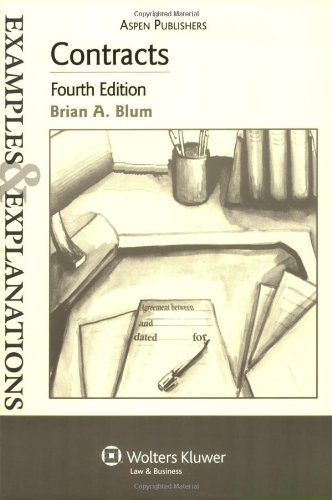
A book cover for Contracts Examples & Explanations; Brian A. Blum; Law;